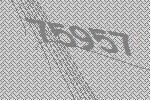
75957